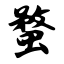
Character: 蝥